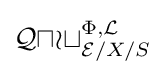
{\mathcal {Quot}}_{{\mathcal {E}}/X/S}^{\Phi ,{\mathcal {L}}}